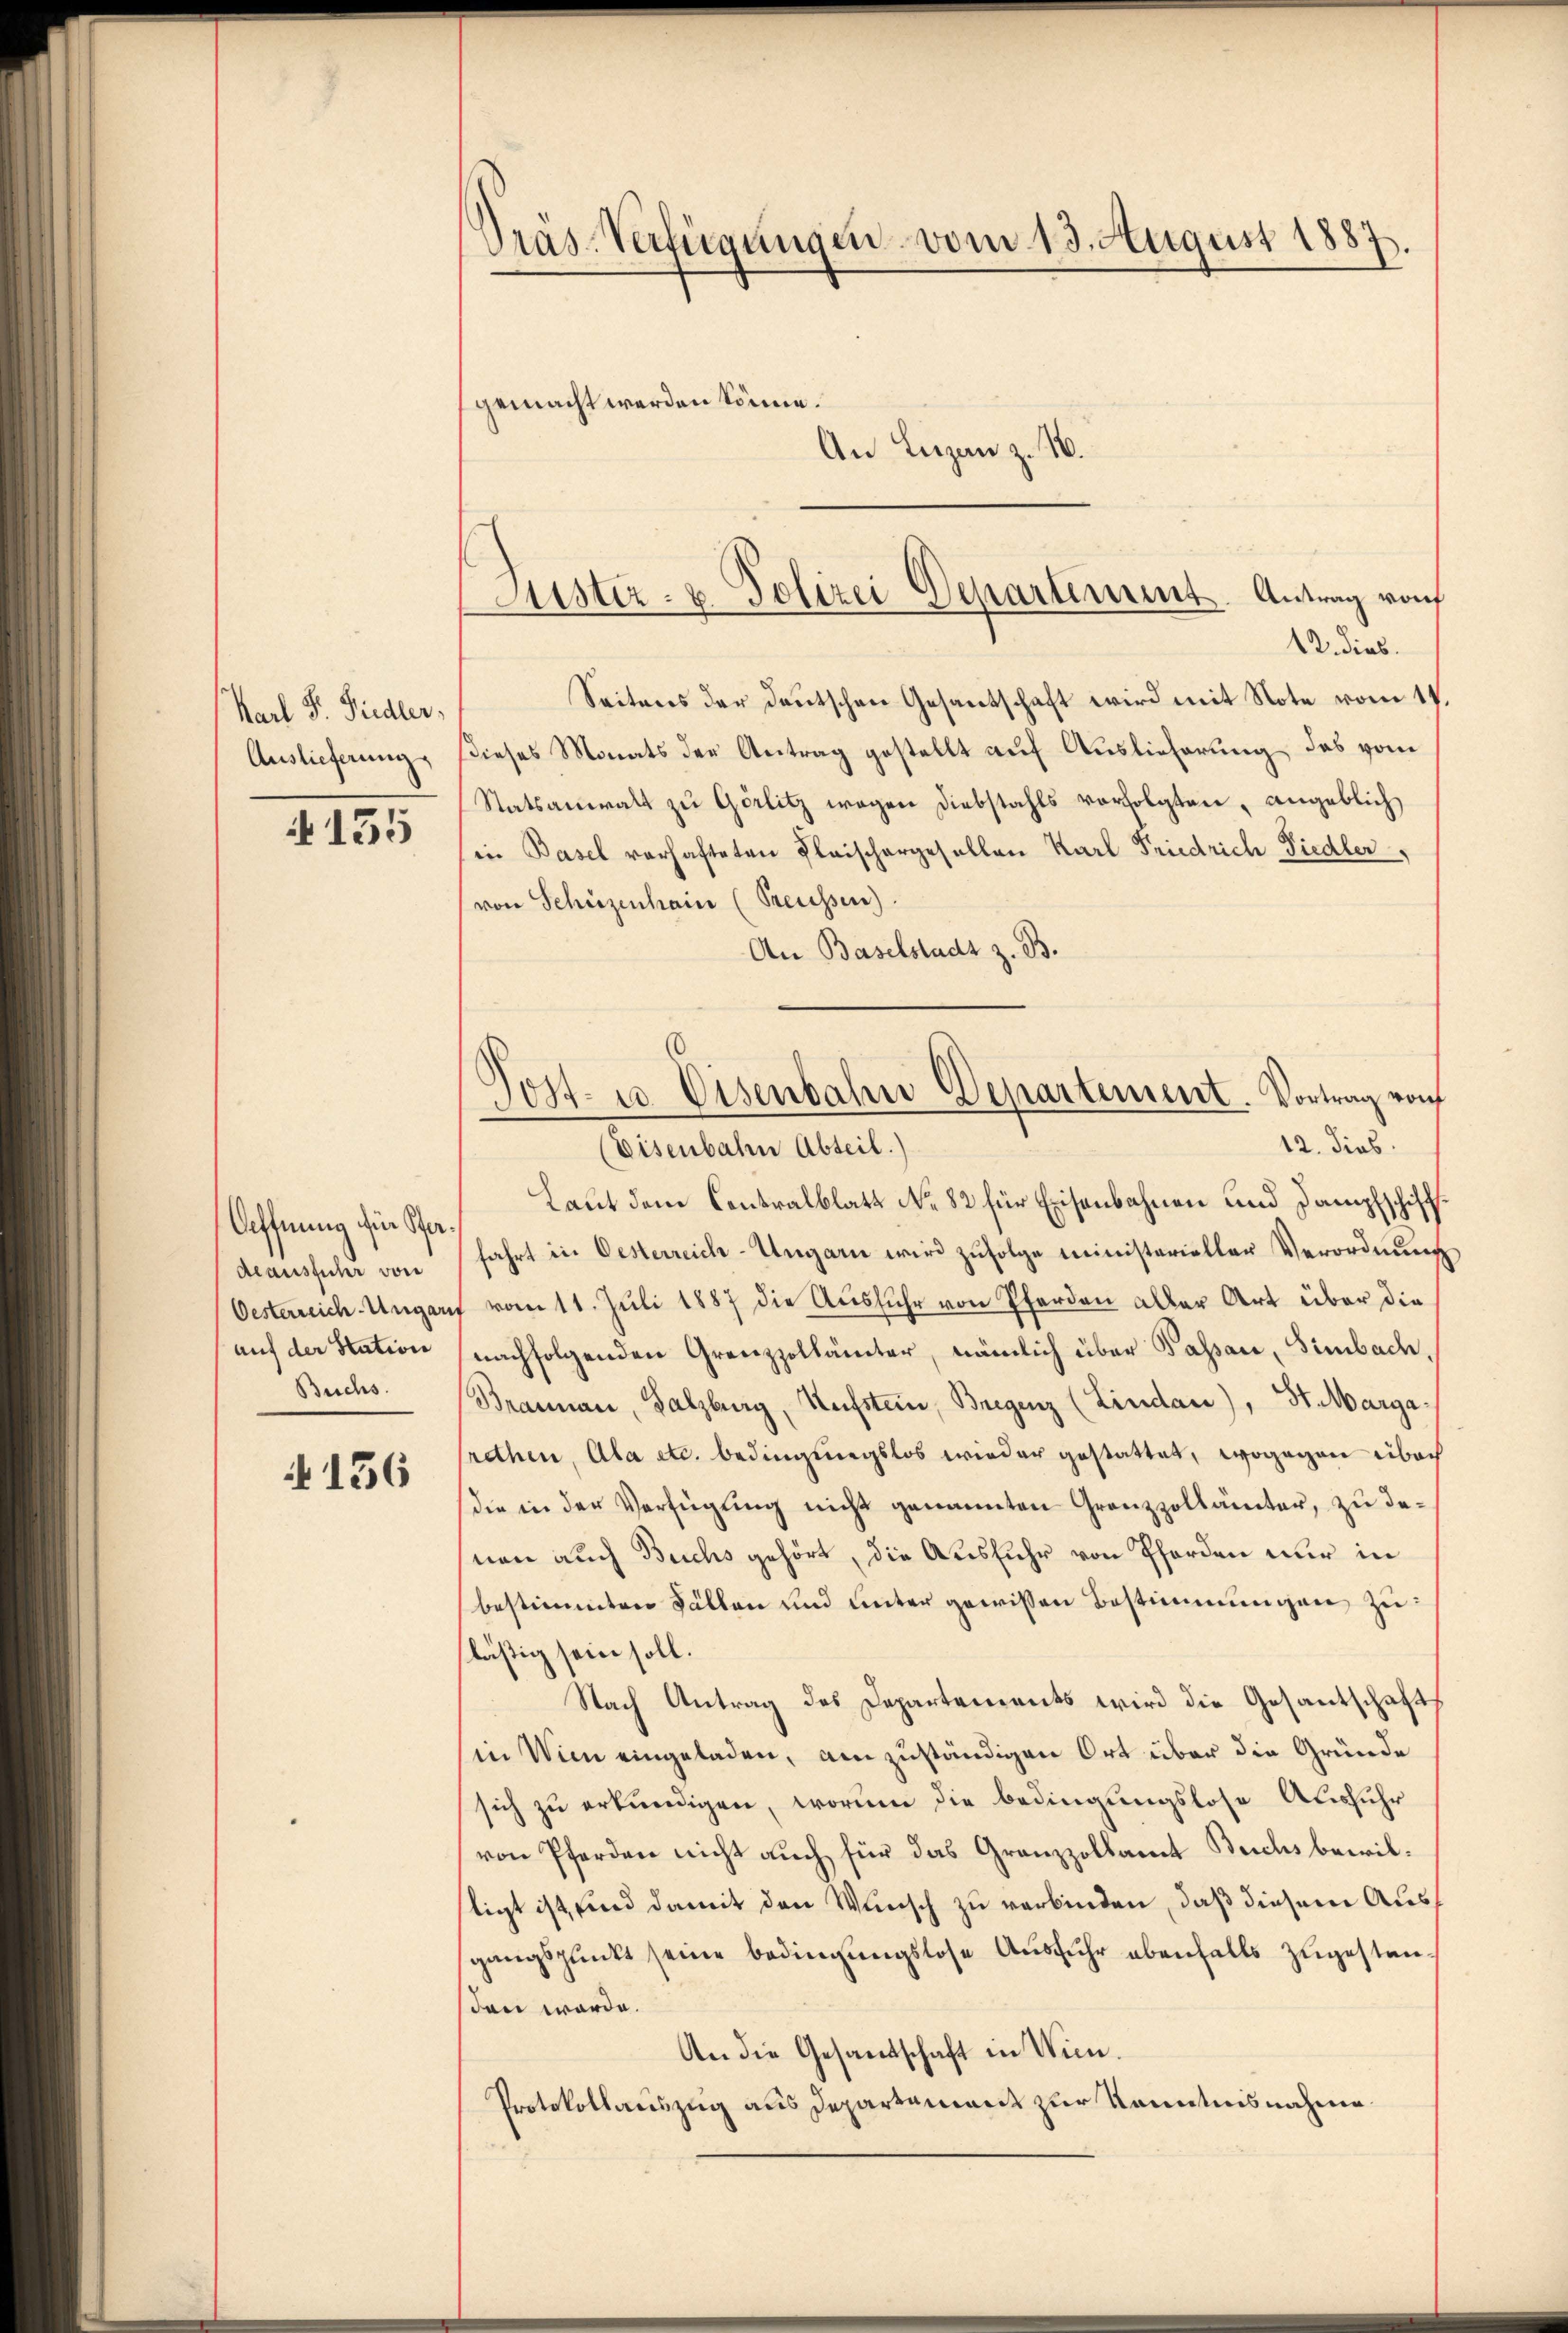
Karl F. Siedler,
Auslieferung

155

Oeffnung für Stadeausfuhr von
Oesterreich-Ungarn
auf der Station
Buchs.

4156

Präs-Verfügungen vom 13. August 1887
gemacht werden könne.
An Lizen z. 16.

Aister- u. Polizei Departement. Antrag von

12. dies.
Seitens der Deutschen Gesantschaft wird mit Note vom 17
dieses Monats der Antrag gestellt auf Auslieferung, das vom
Statsanwalt zu Görlitz wegen Diebstahls verfolgten, angeblich
in Basel vorhafteten Fleischergesellen Karl Friedrich Fiedler,
von Schützenhain (Preussen).
An Baselstadt z. B.
Eisenbahn Abteil.)
Laut dem Contralblatt No. 82 für Eisenbahnen und Dampfschiff
fahrt in Oesterreich-Ungarn wird zufolge ministerieller Verordnung
" vom 11. Juli 1887 die Ausfuhr von Pferden aller Art über die
nachfolgenden Grenzzollämter, nämlich über Passau, Simbach,
Brannau, Salzburg, Aufstein, Bregenz (Lindau), St. Margarethen, Ala etc. bedingungslos wieder gestattet, wogegen über
die in der Verfügŭng nicht genannten Grenzzollämter, zu de-
nen auch Buchs gehört, die Ausfuhr von Pferden nur in
bestimmten Fällen und unter gewissen Bestimmungen zulästig sein soll.
Nach Antrag des Departements wird die Gesantschaft
in Wien eingeladen, am zuständigen Ort über die Gründe
sich zu erkundigen, worinn die bedingungslose Ausfuhr
von Pferden nicht auch für das Granzzollamt Beichs bewilligt ist, sind damit den Wunsch zu verbinden, daß diesem Ausgangspunkt seine Bedingungslose Ausfuhr ebenfalls zugestanden werde.
An die Gesandtschaft in Wien.
Protokollauszug aus Departement zur Kenntnisnahme

)
Ost- u. Eisenbahne Departement. Vortrag von
12. dies